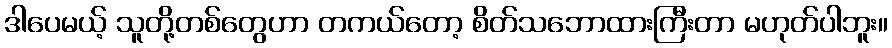
ဒါပေမယ့် သူတို့တစ်တွေဟာ တကယ်တော့ စိတ်သဘောထားကြီးတာ မဟုတ်ပါဘူး။